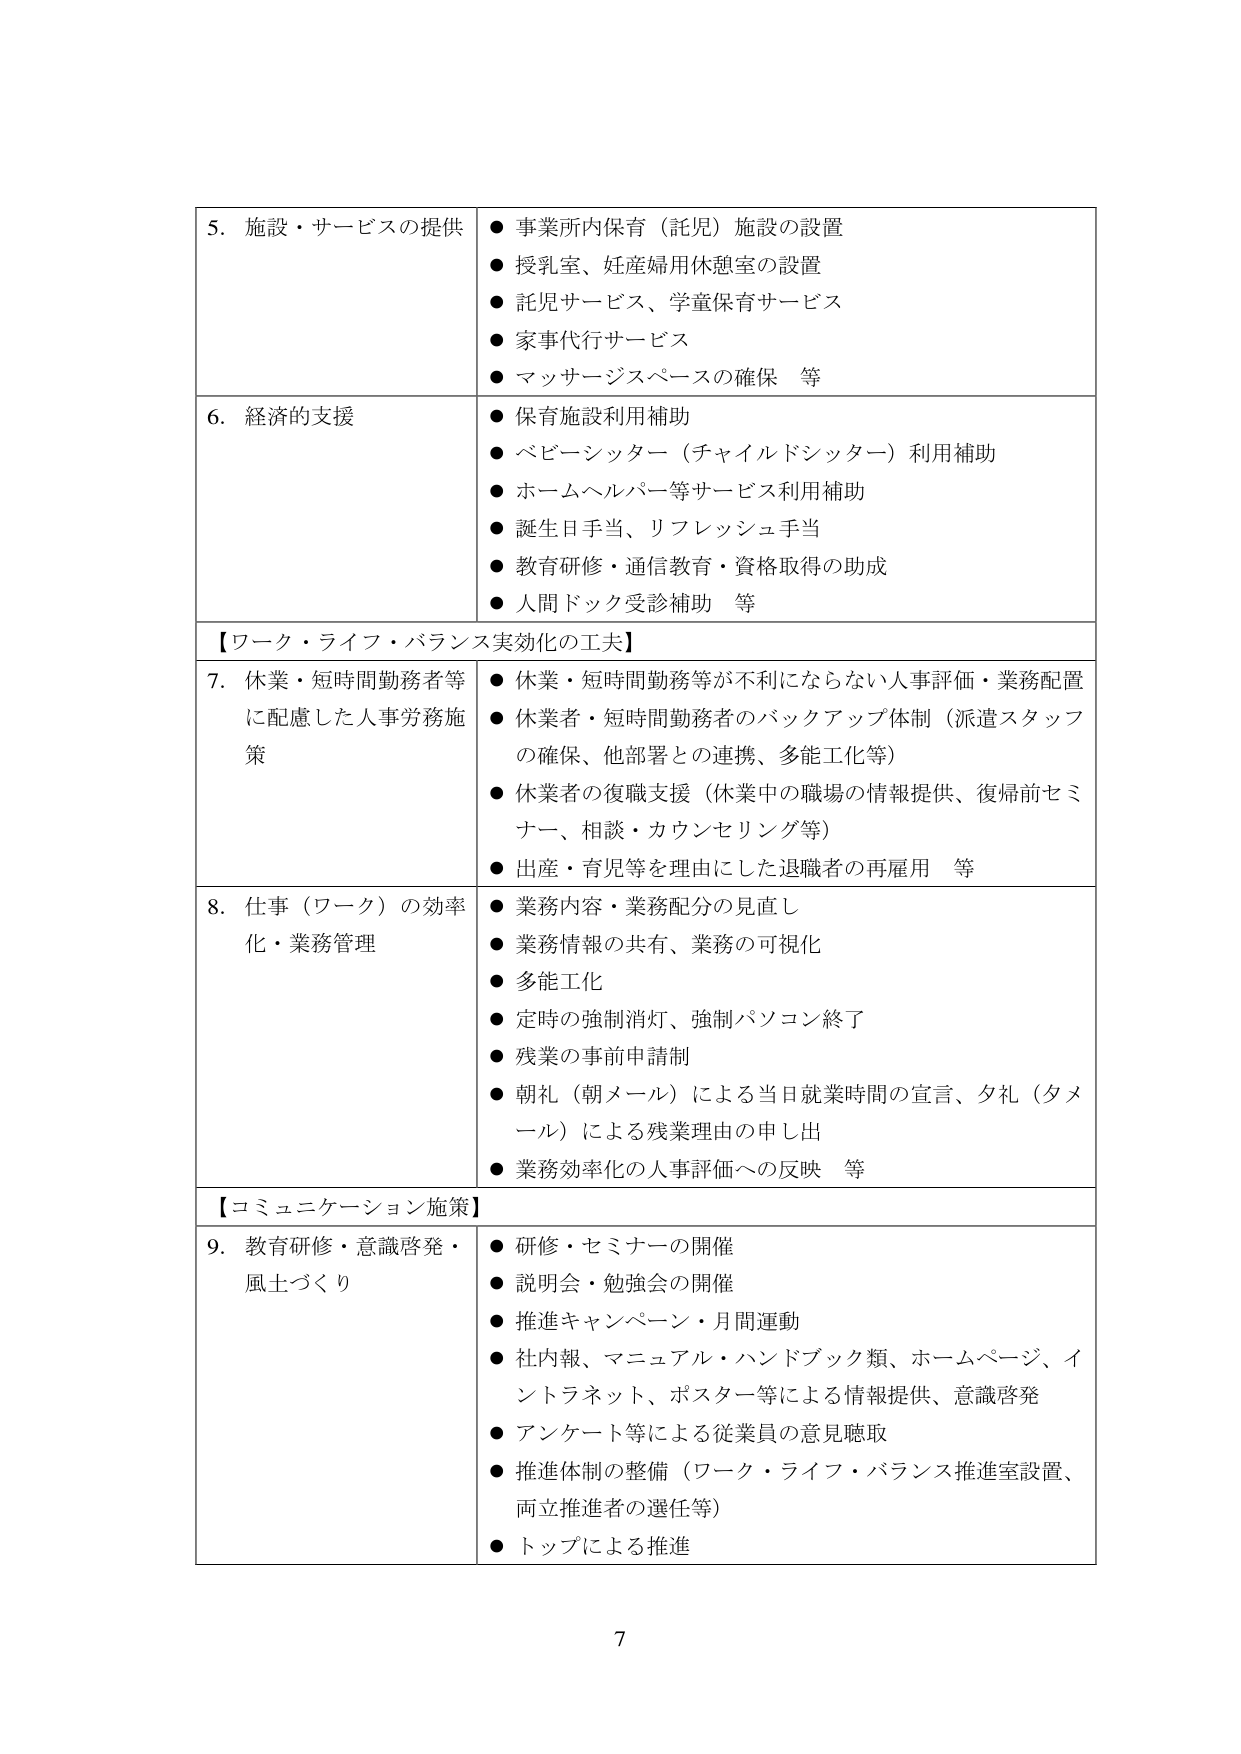
5. 施設・サービスの提供
● 事業所内保育（託児）施設の設置
● 授乳室、妊産婦用休憩室の設置
● 託児サービス、学童保育サービス
● 家事代行サービス
● マッサージスペースの確保 等

6. 経済的支援
● 保育施設利用補助
● ベビーシッター（チャイルドシッター）利用補助
● ホームヘルパー等サービス利用補助
● 誕生日手当、リフレッシュ手当
● 教育研修・通信教育・資格取得の助成
● 人間ドック受診補助 等

【ワーク・ライフ・バランス実効化の工夫】

7. 休業・短時間勤務者等に配慮した人事労務施策
● 休業・短時間勤務等が不利にならない人事評価・業務配置
● 休業者・短時間勤務者のバックアップ体制（派遣スタッフの確保、他部署との連携、多能工化等）
● 休業者の復職支援（休業中の職場の情報提供、復帰前セミナー、相談・カウンセリング等）
● 出産・育児等を理由にした退職者の再雇用 等

8. 仕事（ワーク）の効率化・業務管理
● 業務内容・業務配分の見直し
● 業務情報の共有、業務の可視化
● 多能工化
● 定時の強制消灯、強制パソコン終了
● 残業の事前申請制
● 朝礼（朝メール）による当日就業時間の宣言、夕礼（夕メール）による残業理由の申し出
● 業務効率化の人事評価への反映 等

【コミュニケーション施策】

9. 教育研修・意識啓発・風土づくり
● 研修・セミナーの開催
● 説明会・勉強会の開催
● 推進キャンペーン・月間運動
● 社内報、マニュアル・ハンドブック類、ホームページ、インターネット、ポスター等による情報提供、意識啓発
● アンケート等による従業員の意見聴取
● 推進体制の整備（ワーク・ライフ・バランス推進室設置、両立推進者の選任等）
● トップによる推進

7